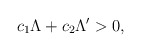
\begin{align*}c_{1}\Lambda+c_{2}\Lambda'>0,\end{align*}